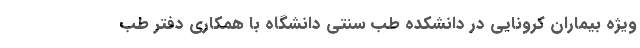
ویژه بیماران کرونایی در دانشکده طب سنتی دانشگاه با همکاری دفتر طب